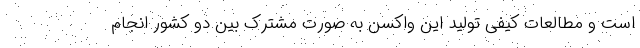
است و مطالعات کیفی تولید این واکسن به صورت مشترک بین دو کشور انجام